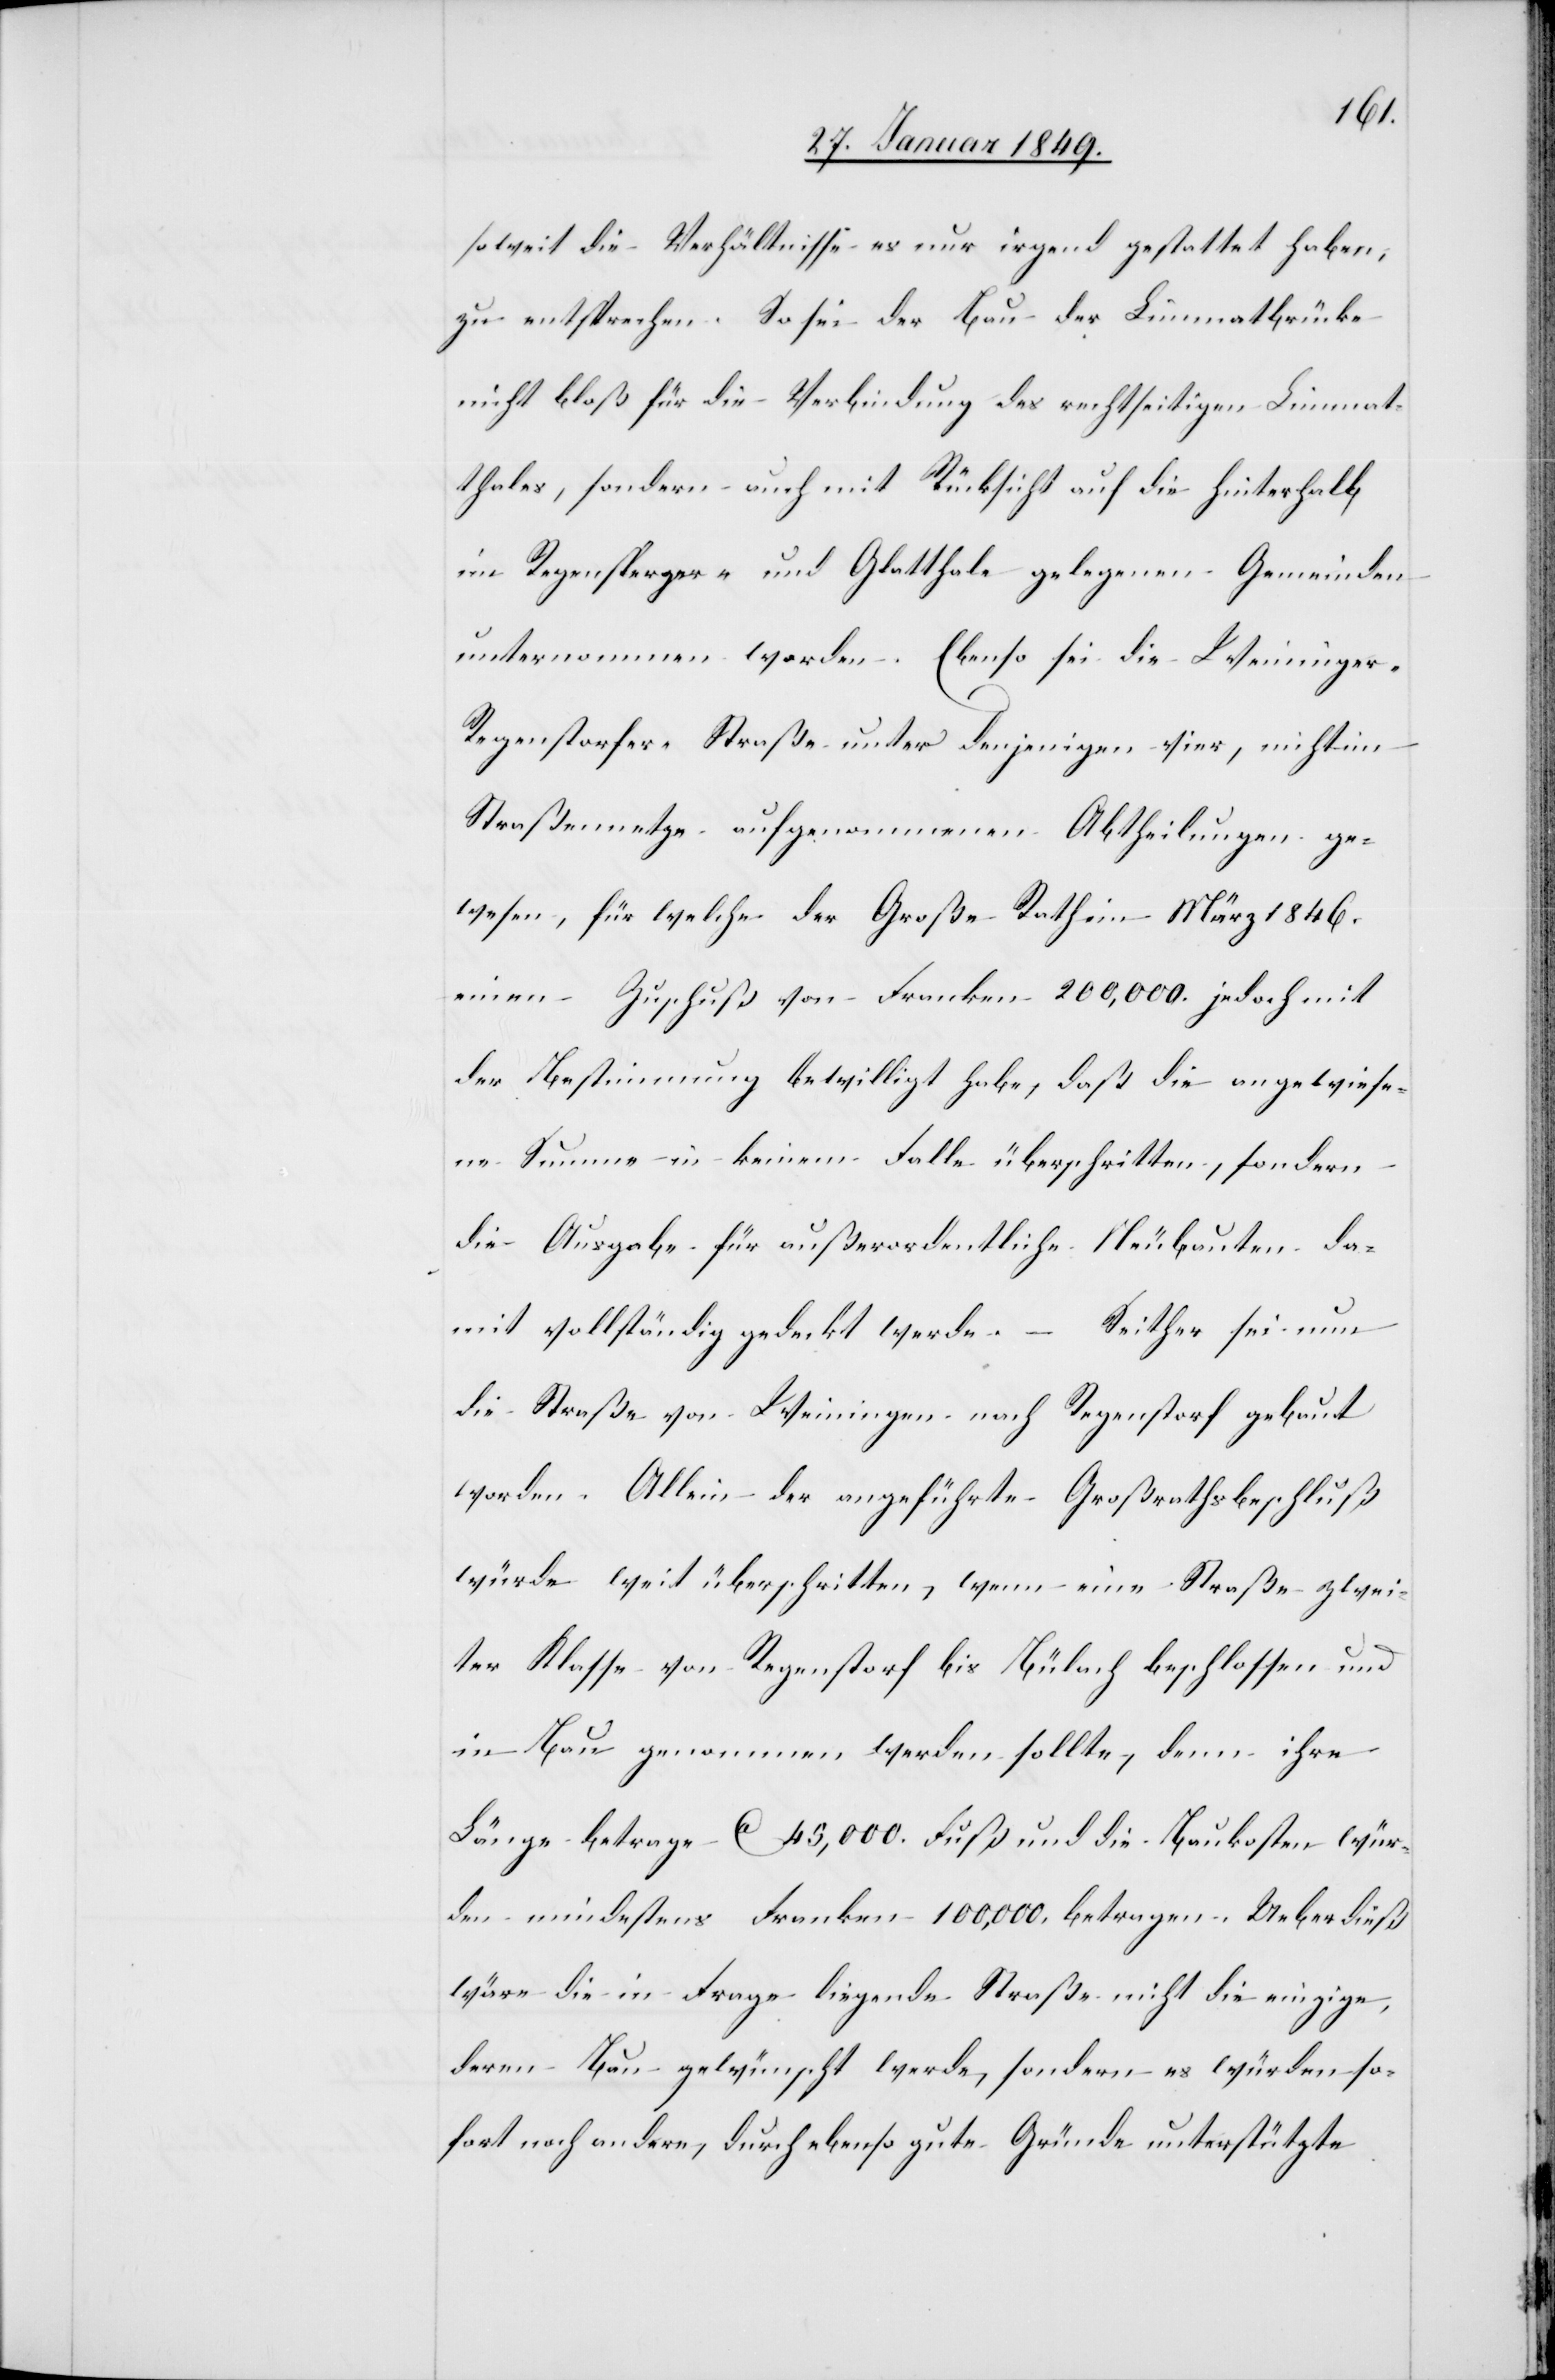
soweit die Verhältnisse es nur irgend gestattet haben,
zu entsprechen. So sei der Bau der Limmatbrücke
nicht bloß für die Verbindung des rechtseitigen Limmat¬
thales, sondern auch mit Rücksicht auf die hinterhalb
im Regensperger- und Glatthale gelegenen Gemeinden
unternommen worden. Ebenso sei die Weininge¬
r-Regenstorfer Straße unter denjenigen vier, nicht im
Straßennetze aufgenommenen Abtheilungen ge¬
wesen, für welche der Große Rath im März 1846.
einen Zuschuß von Franken 200,000. jedoch mit
der Bestimmung bewilligt habe, daß die angewiese¬
ne Summe in keinem Falle überschritten, sondern
die Ausgabe für außerordentliche Neubauten da¬
mit vollständig gedeckt werde. – Seither sei nun
die Straße von Weiningen nach Regenstorf gebaut
worden. Allein der angeführte Großrathsbeschluß
würde weit überschritten, wenn eine Straße zwei¬
ter Klasse von Regenstorf bis Bülach beschlossen und
in Bau genommen werden sollte, denn ihre
Länge betrage ca. 45,000. Fuß und die Baukosten wür¬
den mindestens Franken 100,000. betragen. Ueberdieß
wäre die in Frage liegende Straße nicht die einzige,
deren Bau gewünscht werde, sondern es würden so¬
fort noch andere, durch ebenso gute Gründe unterstützte